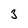
Character: 3